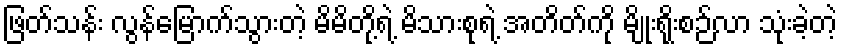
ဖြတ်သန်း လွန်မြောက်သွားတဲ့ မိမိတို့ရဲ့ မိသားစုရဲ့ အတိတ်ကို မျိုးရိုးစဉ်လာ သုံးခဲ့တဲ့